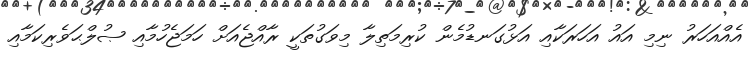
އެއްއަހަރު ނިމި އައު އަހަރަކާއި އަޅުގަނޑުމެން ކުރިމަތިލާ މިވަގުތަކީ ރާއްޖެއަށް ހަމަޖެހުމާއި ޞުލްޙަވެރިކަމާއި